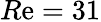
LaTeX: R\mathrm{e}=31